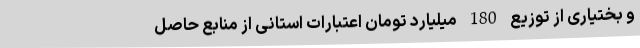
و بختیاری از توزیع 180 میلیارد تومان اعتبارات استانی از منابع حاصل